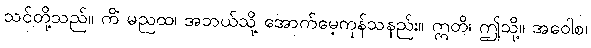
သင်တို့သည်။ ကိံ မညထ၊ အဘယ်သို့ အောက်မေ့ကုန်သနည်း။ ဣတိ၊ ဤသို့။ အဝေါစ၊